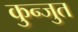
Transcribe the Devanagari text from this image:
कुन्जुत